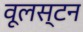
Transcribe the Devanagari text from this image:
वूलस्टन